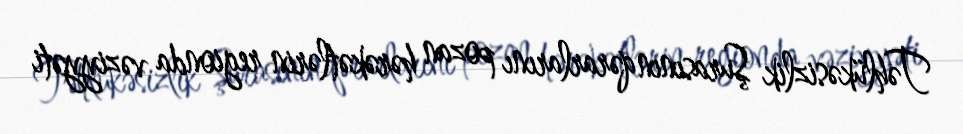
Təhlükəsizlik Şurasının qərarlarını pozan hərəkətlərin regionda vəziyyəti